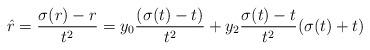
LaTeX: \begin{align*}\hat{r} = \frac{\sigma(r) - r}{t^2} = y_0\frac{(\sigma(t)-t)}{t^2} + y_2\frac{\sigma(t)-t}{t^2}(\sigma(t)+t)\end{align*}